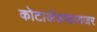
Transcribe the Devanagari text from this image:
कोटाॲडव्हायजर